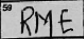
Transcription: RME